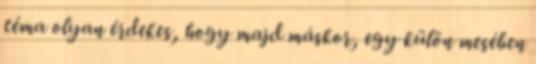
téma olyan érdekes, hogy majd máskor, egy külön mesében